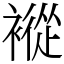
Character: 䙕